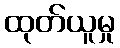
ထုတ်ယူမှု